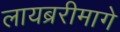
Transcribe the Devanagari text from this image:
लायब्ररीमागे